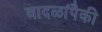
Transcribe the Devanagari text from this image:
वादळांपैकी